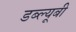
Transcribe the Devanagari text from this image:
डब्ल्यूबी